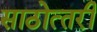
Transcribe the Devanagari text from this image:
साठोत्‍तरी